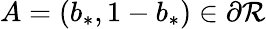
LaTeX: A=(b_{*},1-b_{*})\in\partial{\cal R}